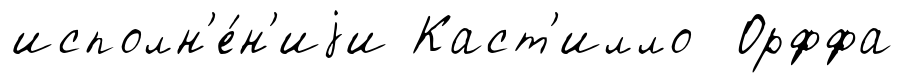
исполн'е́н'иjи Каст'илло Орффа